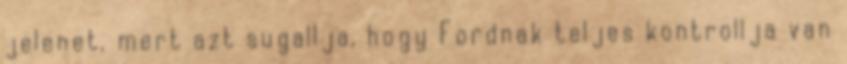
jelenet, mert azt sugallja, hogy Fordnak teljes kontrollja van